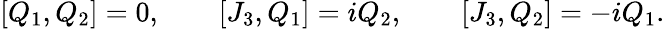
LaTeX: [Q_{1},Q_{2}]=0,\qquad[J_{3},Q_{1}]=iQ_{2},\qquad[J_{3},Q_{2}]=-iQ_{1}.